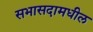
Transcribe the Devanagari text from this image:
सभासदामधील